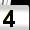
Digit: 4